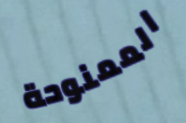
الممنوحة